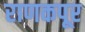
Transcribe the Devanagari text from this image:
राणकपूर